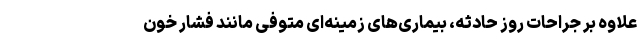
علاوه بر جراحات روز حادثه، بیماری‌های زمینه‌ای متوفی مانند فشار خون